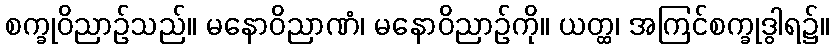
စက္ခုဝိညာဉ်သည်။ မနောဝိညာဏံ၊ မနောဝိညာဉ်ကို။ ယတ္ထ၊ အကြင်စက္ခုဒွါရ၌။